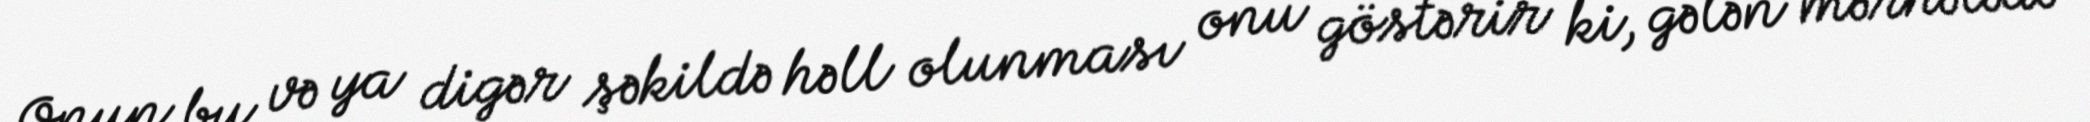
Onun bu və ya digər şəkildə həll olunması onu göstərir ki, gələn mərhələdə